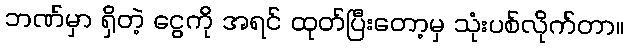
ဘဏ်မှာ ရှိတဲ့ ငွေကို အရင် ထုတ်ပြီးတော့မှ သုံးပစ်လိုက်တာ။